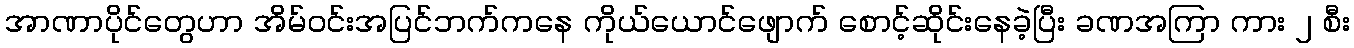
အာဏာပိုင်တွေဟာ အိမ်ဝင်းအပြင်ဘက်ကနေ ကိုယ်ယောင်ဖျောက် စောင့်ဆိုင်းနေခဲ့ပြီး ခဏအကြာ ကား ၂ စီး